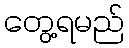
တွေ့ရမည်